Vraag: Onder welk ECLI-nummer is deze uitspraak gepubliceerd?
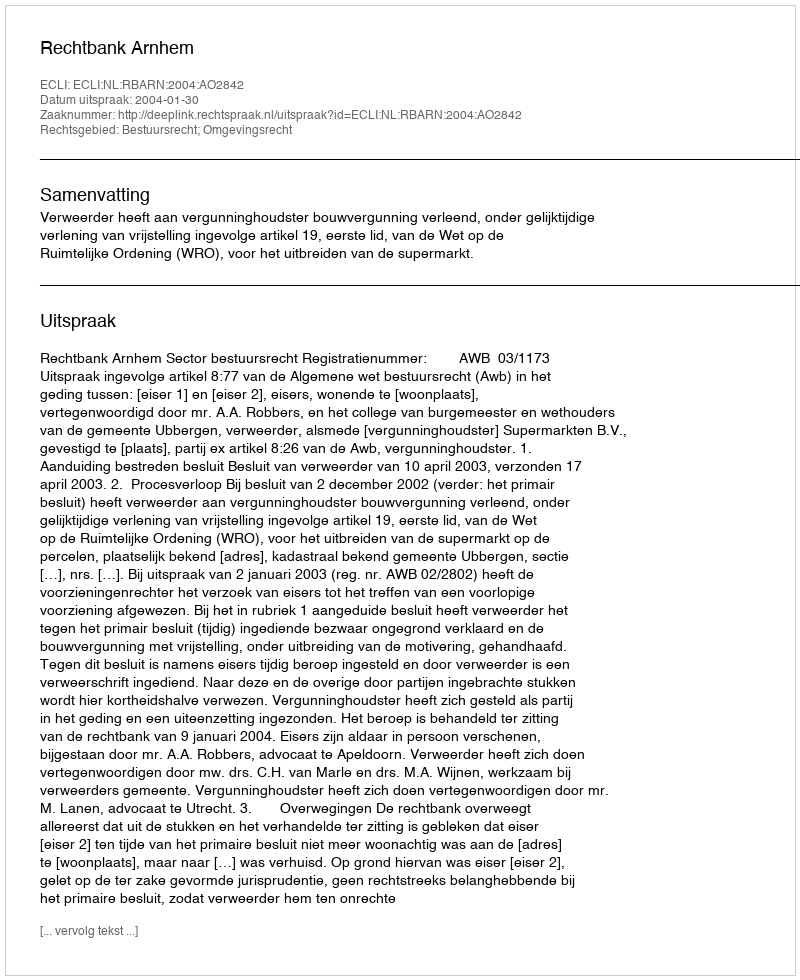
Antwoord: ECLI:NL:RBARN:2004:AO2842